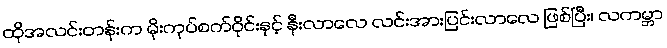
ထိုအလင်းတန်းက မိုးကုပ်စက်ဝိုင်းနှင့် နီးလာလေ လင်းအားပြင်းလာလေ ဖြစ်ပြီး၊ လကမ္ဘာ